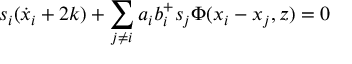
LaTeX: s _ { i } ( \dot { x } _ { i } + 2 k ) + \sum _ { j \neq i } a _ { i } b _ { i } ^ { + } s _ { j } \Phi ( x _ { i } - x _ { j } , z ) = 0